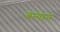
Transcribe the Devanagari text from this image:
बन्यान